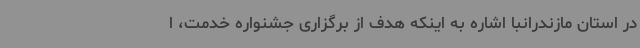
در استان مازندرانبا اشاره به اینکه هدف از برگزاری جشنواره خدمت، ا